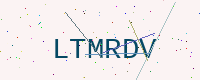
Text: LTMRDV